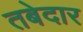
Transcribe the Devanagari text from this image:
तबेदार